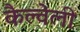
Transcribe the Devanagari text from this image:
कैल्वेली